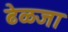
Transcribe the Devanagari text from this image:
ढेळजा